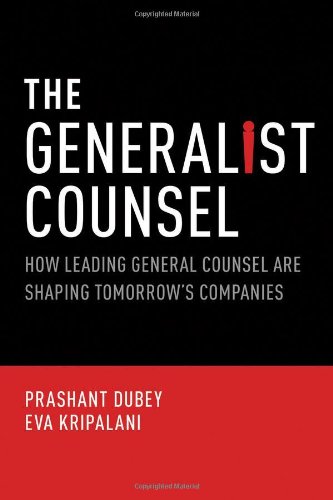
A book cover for The Generalist Counsel: How Leading General Counsel are Shaping Tomorrow's Companies; Prashant Dubey; Law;